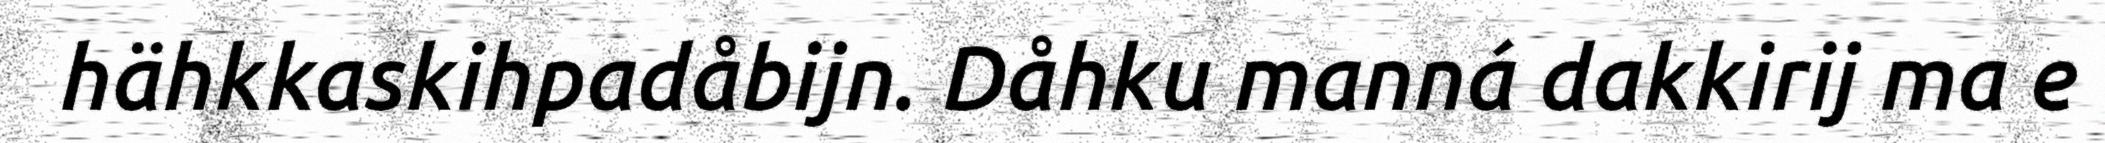
hähkkaskihpadåbijn. Dåhku manná dakkirij ma e